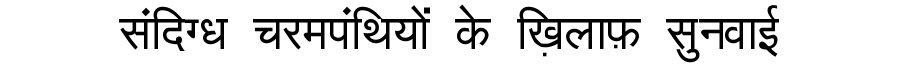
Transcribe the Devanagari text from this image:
संदिग्ध चरमपंथियों के ख़िलाफ़ सुनवाई